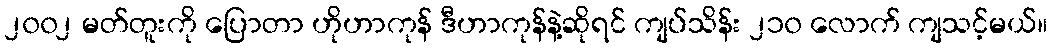
၂၀၀၂ မတ်တူးကို ပြောတာ ဟိုဟာကုန် ဒီဟာကုန်နဲ့ဆိုရင် ကျပ်သိန်း ၂၁၀ လောက် ကျသင့်မယ်။